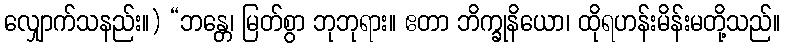
လျှောက်သနည်း။) “ဘန္တေ၊ မြတ်စွာ ဘုဘုရား။ ဧတာ ဘိက္ခုနိယော၊ ထိုရဟန်းမိန်းမတို့သည်။